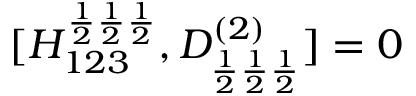
[ H _ { 1 2 3 } ^ { \frac { 1 } { 2 } \frac { 1 } { 2 } \frac { 1 } { 2 } } , D _ { \frac { 1 } { 2 } \frac { 1 } { 2 } \frac { 1 } { 2 } } ^ { ( 2 ) } ] = 0